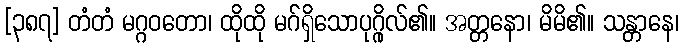
[၃၈၇] တံတံ မဂ္ဂဝတော၊ ထိုထို မဂ်ရှိသောပုဂ္ဂိုလ်၏။ အတ္တနော၊ မိမိ၏။ သန္တာနေ၊